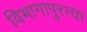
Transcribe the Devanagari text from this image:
विभागापुरत्या